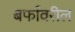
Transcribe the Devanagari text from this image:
बर्फावरील